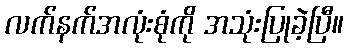
လက်နက်အလုံးစုံကို အသုံးပြုခဲ့ပြီ။